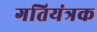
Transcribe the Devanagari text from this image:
गतियंत्रक